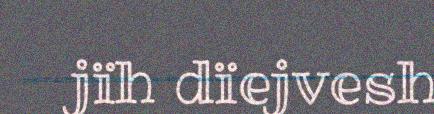
jïh dïejvesh